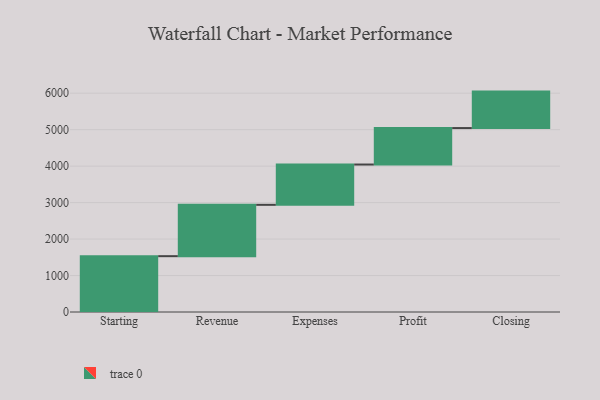
{"axis": {"x": "Step", "y": "Value"}, "legend": [""], "data": [{"x": "Starting", "y": 1531.0, "type": ""}, {"x": "Revenue", "y": 1408.0, "type": ""}, {"x": "Expenses", "y": 1105.0, "type": ""}, {"x": "Profit", "y": 1000, "type": ""}, {"x": "Closing", "y": 1000, "type": ""}]}